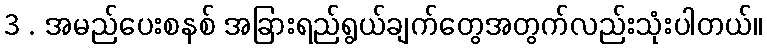
3 . အမည်ပေးစနစ် အခြားရည်ရွယ်ချက်တွေအတွက်လည်းသုံးပါတယ်။